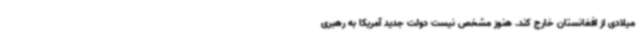
میلادی از افغانستان خارج کند. هنوز مشخص نیست دولت جدید آمریکا به رهبری